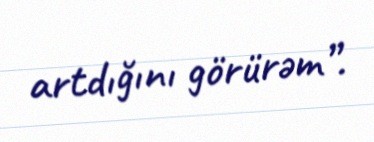
artdığını görürəm”.